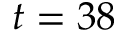
t = 3 8